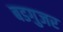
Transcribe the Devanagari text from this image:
बडगुजर